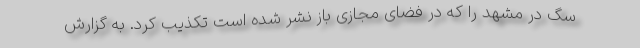
سگ در مشهد را که در فضای مجازی باز نشر شده است تکذیب کرد. به گزارش